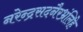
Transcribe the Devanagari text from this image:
नरेन्द्रसदनैरभ्रंलिहे